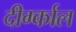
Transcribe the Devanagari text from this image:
दीर्ग्काल